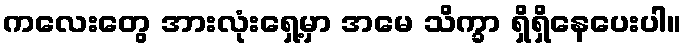
ကလေးတွေ အားလုံးရှေ့မှာ အမေ သိက္ခာ ရှိရှိနေပေးပါ။